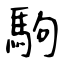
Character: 駒